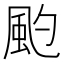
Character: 𩖚